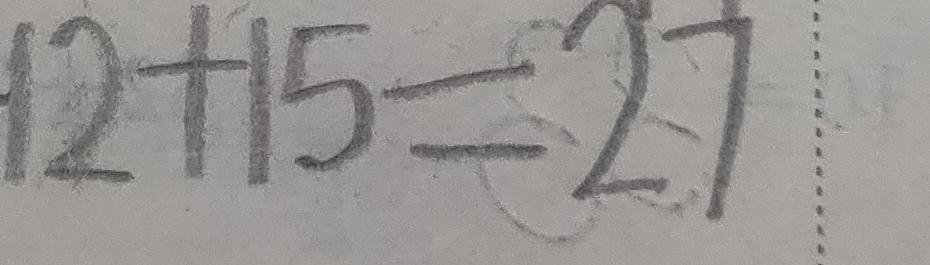
1 2 + 1 5 = 2 7